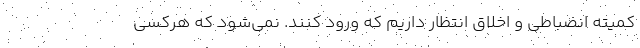
کمیته انضباطی و اخلاق انتظار داریم که ورود کنند. نمی‌شود که هرکسی